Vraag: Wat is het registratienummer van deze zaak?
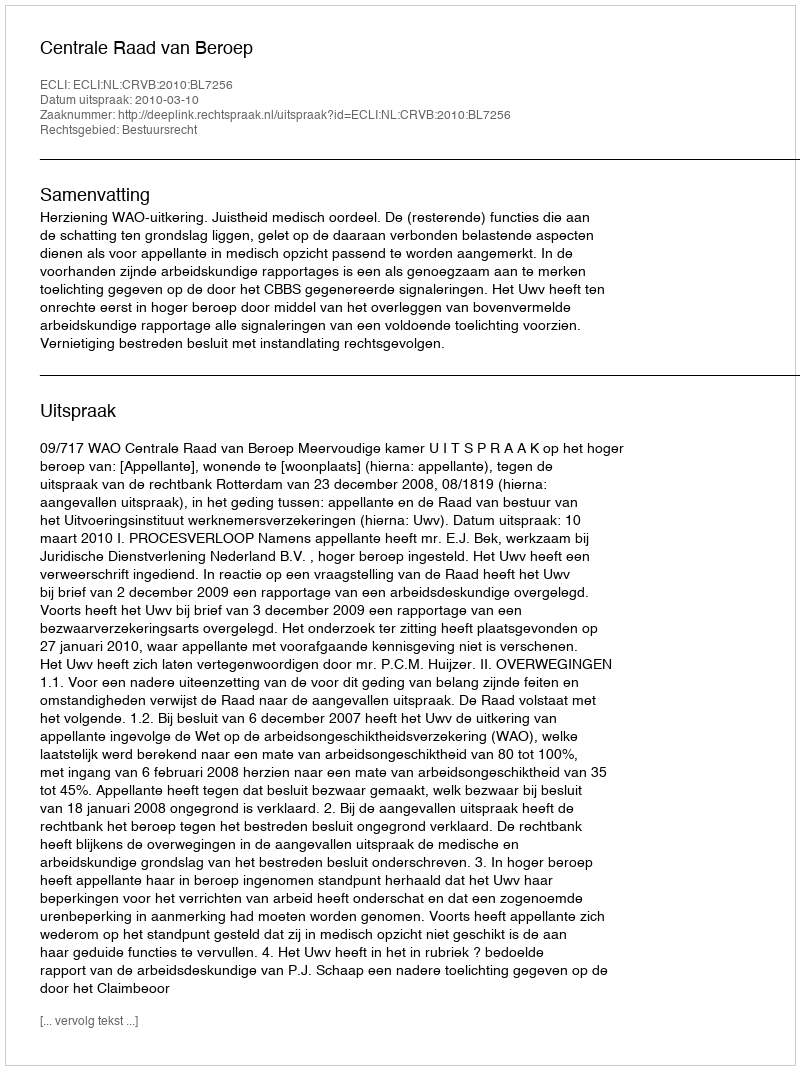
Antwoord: http://deeplink.rechtspraak.nl/uitspraak?id=ECLI:NL:CRVB:2010:BL7256